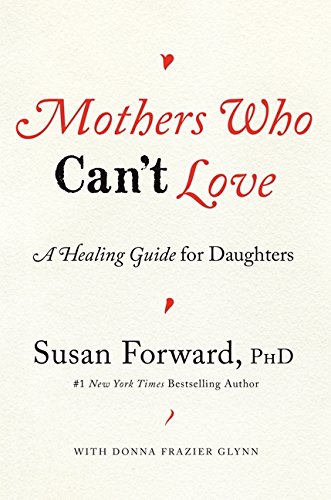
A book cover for Mothers Who Can't Love: A Healing Guide for Daughters; Susan Forward; Parenting & Relationships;